Annual report of lunatic asylums [Bombay] - 1912-1922
Year: 1912
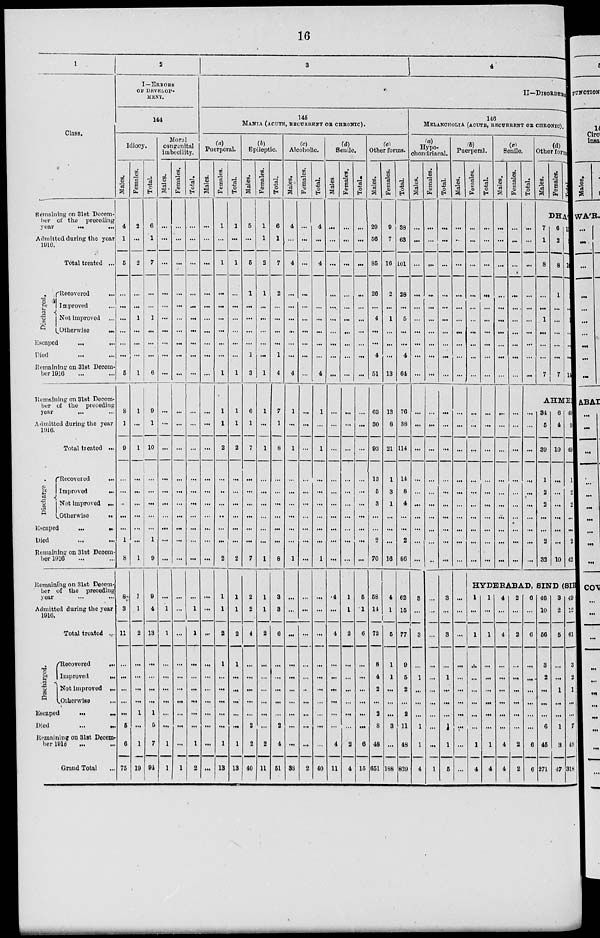
16
1
Class.
Remaining on 31st Decem-
ber of the preceding
year ... ...
Admitted during the year
1916.
Total treated ...
Discharged.
Recovered ...
Improved ...
Not improved ...
Otherwise ...
Escaped
...
...
Died ... ...
Remaining on 31st Decem-
ber 1916 ... ...
Remaining on 31st Decem-
ber of the preceding
year ... ...
Admitted during the year
1916.
Total treated ...
Discharge
Recovered ...
Improved ...
Not improved ...
Otherwise
...
Escaped
...
...
Died ... ...
Remaining on 31st Decem-
ber 1916 ... ...
Remaining on 31st Decem-
ber of the preceding
year ... ...
Admitted during the year
1916.
Total treated ...
Discharged.
Recovered
...
Improved
...
Not improved ...
Otherwise ...
Escaped ... ...
Died
...
...
Remaining on 31st Decem-
ber 1916 ... ...
Grand Total ...
2
I—ERRORS
OF DEVELOP-
MENT.
144
Idiocy.
Males.
4
1
5
...
...
...
...
...
...
5
8
1
9
...
...
...
...
...
1
8
8
3
11
...
...
...
...
...
5
6
75
Females.
2
...
2
...
...
1
...
...
...
1
1
...
1
...
...
...
...
...
...
1
1
1
2
...
...
...
...
1
...
1
19
Total.
6
1
7
...
...
1
...
...
...
6
9
1
10
...
...
...
...
...
1
9
9
4
13
...
...
...
...
1
5
7
94
Moral
congenital
imbecility.
Males.
...
...
...
...
...
...
...
...
...
...
...
...
...
...
...
...
...
...
...
...
...
1
1
...
...
...
...
...
...
1
1
Females.
...
...
...
...
...
...
...
...
...
...
...
...
...
...
...
...
...
...
...
...
...
...
...
...
...
...
...
...
...
...
1
Total.
...
...
...
...
...
...
...
...
...
...
...
...
...
...
...
...
...
...
...
...
...
1
1
...
...
...
...
...
...
1
2
3
4
II—DISORDERS
145
MANIA (ACUTE, RECURRENT OR CHRONIC).
(a)
Puerperal.
Males.
...
...
...
...
...
...
...
...
...
...
...
...
...
...
...
...
...
...
...
...
...
...
...
...
...
...
...
...
...
...
...
Females.
1
...
1
...
...
...
...
...
...
1
1
1
2
...
...
...
...
...
...
2
1
1
2
1
...
...
...
...
...
1
13
Total.
1
...
1
...
...
...
...
...
...
1
1
1
2
...
...
...
...
...
...
2
1
1
2
1
...
...
...
...
...
1
13
(b)
Epileptic.
Males.
5
...
5
1
...
...
...
...
1
3
6
1
7
...
...
...
...
...
...
7
2
2
4
...
...
...
...
...
2
2
40
Females.
1
1
2
1
...
...
...
...
...
1
1
...
1
...
...
...
...
...
...
1
1
1
2
...
...
...
...
...
...
2
11
Total.
6
1
7
2
...
...
...
...
1
4
7
1
8
...
...
...
...
...
...
8
3
3
6
...
...
...
...
...
2
4
51
(c)
Alcoholic.
Males.
4
...
4
...
...
...
...
...
...
4
1
...
1
...
...
...
...
...
...
1
...
...
...
...
...
...
...
...
...
...
38
Females.
...
...
...
...
...
...
...
...
...
...
...
...
...
...
...
...
...
...
...
...
...
...
...
...
...
...
...
...
...
...
2
Total.
4
...
4
...
...
...
...
...
...
4
1
...
1
...
...
...
...
...
...
1
...
...
...
...
...
...
...
...
...
...
40
(d)
Senile.
Males.
...
...
...
...
...
...
...
...
...
...
...
...
...
...
...
...
...
...
...
...
4
...
4
...
...
...
...
...
...
4
11
Females.
...
...
...
...
...
...
...
...
...
...
...
...
...
...
...
...
...
...
...
...
1
1
2
...
...
...
...
...
...
2
4
Total.
...
...
...
...
...
...
...
...
...
...
...
...
...
...
...
...
...
...
...
...
5
1
6
...
...
...
...
...
...
6
15
(e)
Other forms.
Males.
29
56
85
26
...
4
...
...
4
51
63
30
93
13
5
3
...
...
2
70
58
14
72
8
4
2
...
2
8
48
651
Females.
9
7
16
2
...
1
...
...
...
13
13
8
21
1
3
1
...
...
...
16
4
1
5
1
1
...
...
...
3
...
188
Total.
38
63
101
28
...
5
...
...
4
64
76
38
114
14
8
4
...
...
2
86
62
15
77
9
5
2
...
2
11
48
839
146
MELANCHOLIA (ACUTE, RECURRENT OR CHRONIC).
(a)
Hypo-
chondriacal.
Males.
...
...
...
...
...
...
...
...
...
...
...
...
...
...
...
...
...
...
...
...
3
...
3
...
1
...
...
...
1
1
4
Females.
...
...
...
...
...
...
...
...
...
...
...
...
...
...
...
...
...
...
...
...
...
...
...
...
...
...
...
...
...
...
1
Total.
...
...
...
...
...
...
...
...
...
...
...
...
...
...
...
...
...
...
...
...
3
...
3
...
1
...
...
...
1
1
5
(b)
Puerperal.
Males.
...
...
...
...
...
...
...
...
...
...
...
...
...
...
...
...
...
...
...
...
...
...
...
...
...
...
...
...
...
...
...
Females.
...
...
...
...
...
...
...
...
...
...
...
...
...
...
...
...
...
...
...
...
Total.
...
...
...
...
...
...
...
...
...
...
...
...
...
...
...
...
...
...
...
...
(c)
Senile.
Males.
...
...
...
...
...
...
...
...
...
...
...
...
...
...
...
...
...
...
...
..
Females.
...
...
...
...
....
...
...
...
...
...
...
...
...
...
...
...
...
...
...
...
Total.
...
...
...
...
...
...
...
...
...
...
(d)
Other form
Males.
Females.
Total.
DHA'RWA'R.
7
1
8
...
...
1
...
...
...
7
6
2
8
1
...
...
...
...
...
7
13
3
16
1
...
1
...
...
...
14
AHMEDABAD.
...
...
...
...
...
...
...
...
...
...
34
5
39
1
2
2
...
...
2
32
6
4
10
...
...
...
...
...
...
10
40
9
49
1
2
2
...
...
2
42
HYDERABAD, SIND (SIR
1
...
1
...
...
...
...
...
...
1
4
1
...
1
...
...
...
...
...
...
1
4
4
...
4
...
...
...
...
...
...
4
4
2
...
2
...
...
...
...
...
...
4
2
6
...
6
...
...
...
...
...
...
6
6
46
10
56
3
2
...
...
...
6
45
271
3
2
5
...
...
1
...
...
1
3
47
49
12
61
3
2
1
...
...
7
48
318